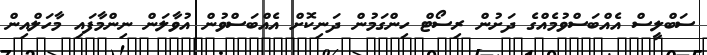
ސަބްލީސް އެއްބަސްވުމެއްގެ ދަށުން ރިސޯޓް ހިންގަމުން ދަނިކޮށް އެއްބަސްވުން އުވާލަން ނިންމާފައި މާހަލްއިން